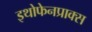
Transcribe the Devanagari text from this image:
इथोफेनप्राक्‍स